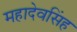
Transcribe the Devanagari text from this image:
महादेवसिंह